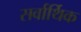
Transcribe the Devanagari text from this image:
सर्वार्थिक